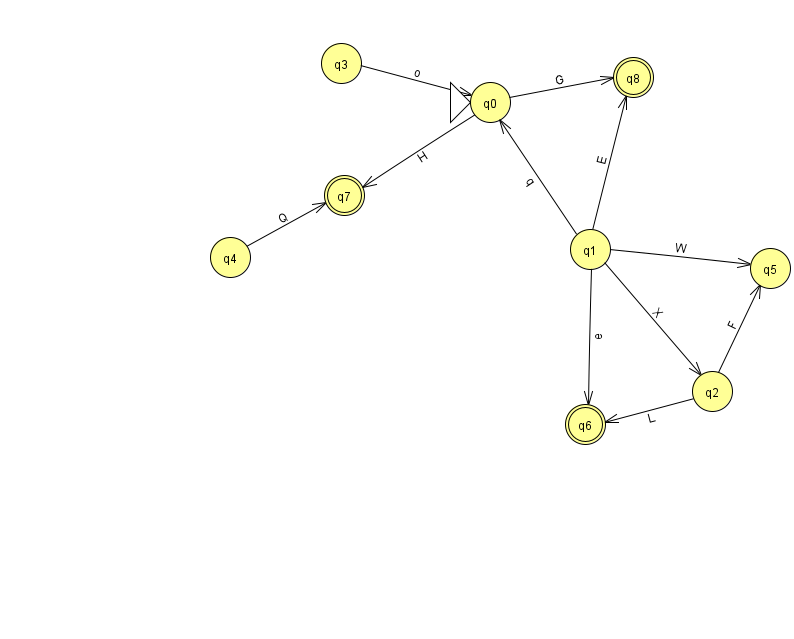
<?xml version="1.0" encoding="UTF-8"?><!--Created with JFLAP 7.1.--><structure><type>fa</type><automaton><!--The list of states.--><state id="0" name="q0"><x>490.0</x><y>89.0</y><initial/></state><state id="1" name="q1"><x>590.0</x><y>236.0</y></state><state id="2" name="q2"><x>712.0</x><y>378.0</y></state><state id="3" name="q3"><x>341.0</x><y>50.0</y></state><state id="4" name="q4"><x>230.0</x><y>244.0</y></state><state id="5" name="q5"><x>770.0</x><y>255.0</y></state><state id="6" name="q6"><x>585.0</x><y>411.0</y><final/></state><state id="7" name="q7"><x>344.0</x><y>182.0</y><final/></state><state id="8" name="q8"><x>633.0</x><y>64.0</y><final/></state><!--The list of transitions.--><transition><from>1</from><to>6</to><read>e</read></transition><transition><from>1</from><to>5</to><read>W</read></transition><transition><from>1</from><to>8</to><read>E</read></transition><transition><from>1</from><to>2</to><read>X</read></transition><transition><from>2</from><to>6</to><read>L</read></transition><transition><from>0</from><to>8</to><read>G</read></transition><transition><from>3</from><to>0</to><read>o</read></transition><transition><from>2</from><to>5</to><read>F</read></transition><transition><from>0</from><to>7</to><read>H</read></transition><transition><from>1</from><to>0</to><read>q</read></transition><transition><from>4</from><to>7</to><read>Q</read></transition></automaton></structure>